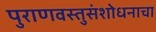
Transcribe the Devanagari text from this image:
पुराणवस्तुसंशोधनाचा